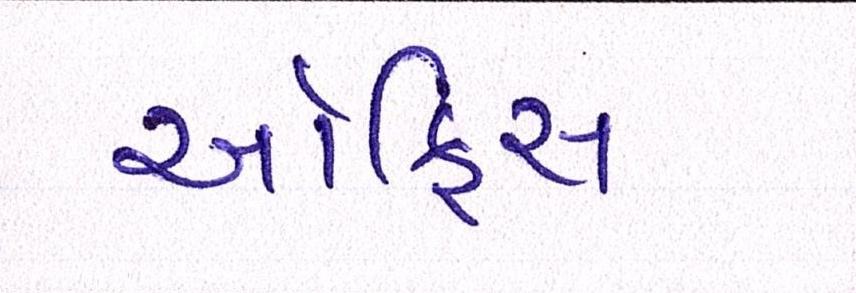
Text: ઑફિસ